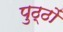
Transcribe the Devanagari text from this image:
पुठ्ठों